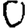
Digit: 0